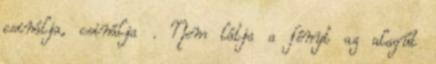
csinálja, csinálja . Nem látja a fényt az alagút